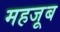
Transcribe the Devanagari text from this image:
महजूब